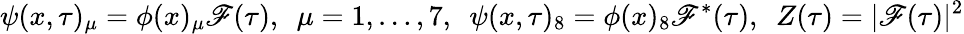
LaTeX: \psi(x,\tau)_{\mu}=\phi(x)_{\mu}\mathscr{F}(\tau),\ \ \mu=1,\dots,7,\ \ \psi(x,\tau)_{8}=\phi(x)_{8}\mathscr{F}^{*}(\tau),\ \ Z(\tau)=|\mathscr{F}(\tau)|^{2}